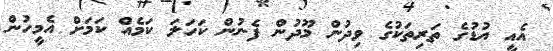
އެއީ އުޑުގެ ތަރިތަކުގެ ވިދުން މޫދުން ފެނުން ކަހަލަ ކަމެއް ކަމަށް އެމީހުން